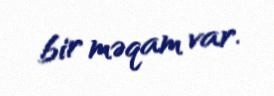
bir məqam var.